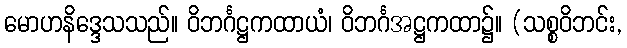
မောဟနိဒ္ဒေသသည်။ ဝိဘင်္ဂဋ္ဌကထာယံ၊ ဝိဘင်္ဂအဋ္ဌကထာ၌။ (သစ္စဝိဘင်း,